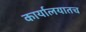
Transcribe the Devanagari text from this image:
कार्यालयातच